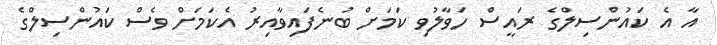
އާ އެ ކައުންސިލްގެ ރައީސް ހަވާލުވި ކަމަށް ބުނެފައިވާއިރު އެކަމަށް ވެސް ކައުންސިލްގެ